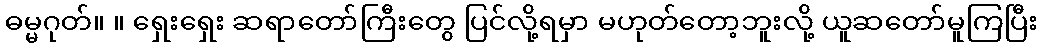
ဓမ္မဂုတ်။ ။ ရှေးရှေး ဆရာတော်ကြီးတွေ ပြင်လို့ရမှာ မဟုတ်တော့ဘူးလို့ ယူဆတော်မူကြပြီး